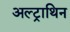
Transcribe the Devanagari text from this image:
अल्ट्राथिन